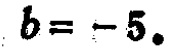
\(b = - 5.\)